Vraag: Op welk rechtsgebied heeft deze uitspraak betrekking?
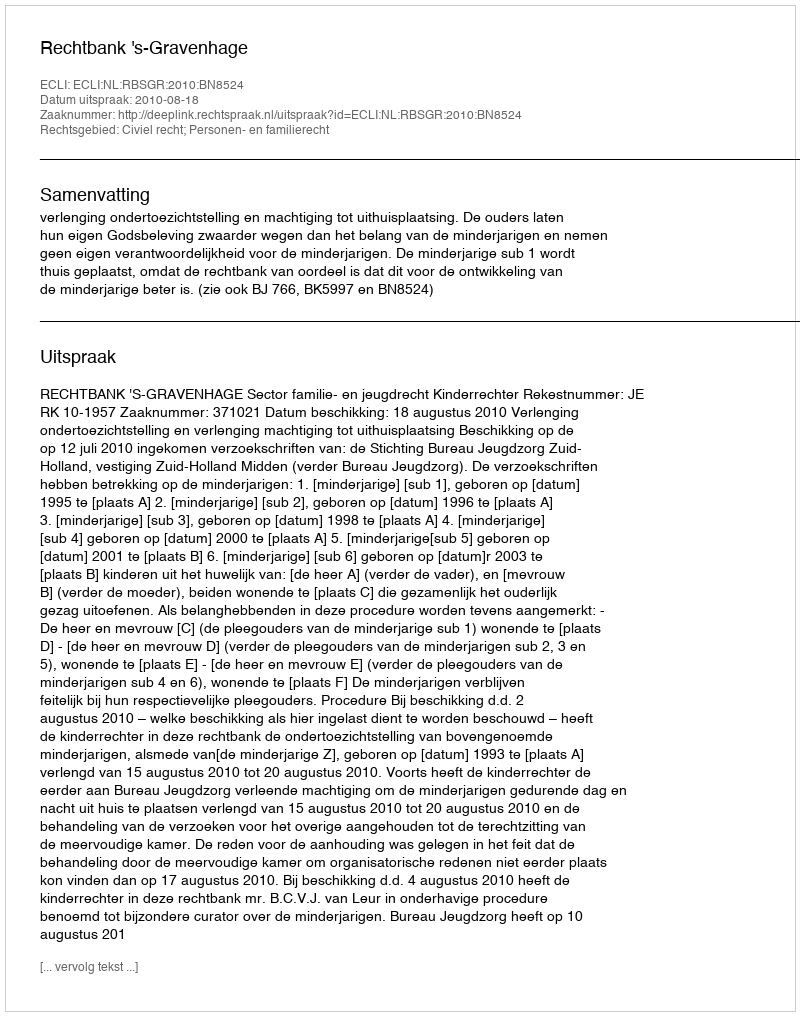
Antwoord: Civiel recht; Personen- en familierecht